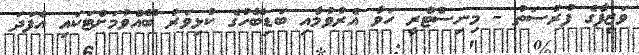
ވަޒީފާގެ ފުރުސަތު - މިނިސްޓްރީ ހަވާ އެރުވުމާއި ބަޑިބޭހުގެ ކުޅިވަރު ބޭއްވުމަށްޓަކައި އެފަދަ